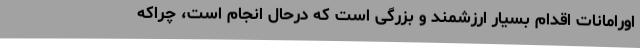
اورامانات اقدام بسیار ارزشمند و بزرگی است که درحال انجام است، چراکه